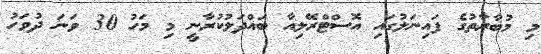
މި މުބާރާތުގެ ފައިނަލުގައި އޮސްޓްރޭލިއާ ބައްދަލުކުރާނީ މި މަހު 30 ވަނަ ދުވަހު